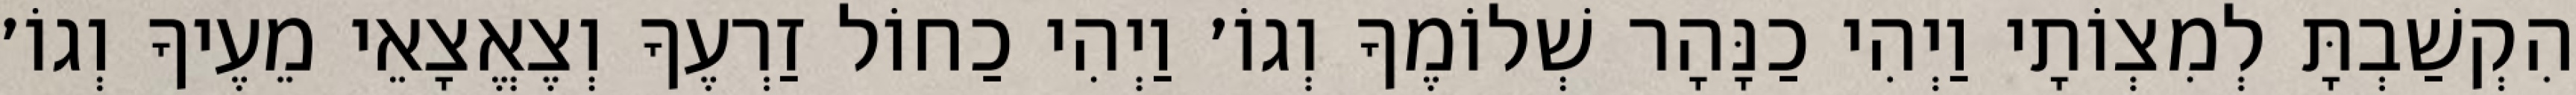
הִקְשַׁבְתָּ לְמִצְוֹתָי וַיְהִי כַנָּהָר שְׁלוֹמֶךָ וְגוֹ׳ וַיְהִי כַחוֹל זַרְעֶךָ וְצֶאֱצָאֵי מֵעֶיךָ וְגוֹ׳